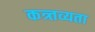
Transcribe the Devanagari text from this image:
कत्र्तव्यता